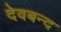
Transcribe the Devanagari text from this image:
देवबन्‍द